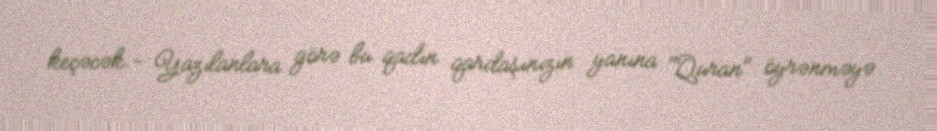
keçəcək.- Yazılanlara görə bu qadın qardaşınızın yanına "Quran" öyrənməyə